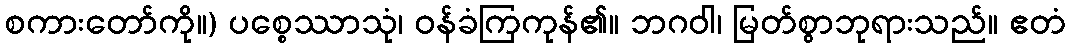
စကားတော်ကို။) ပစ္စေဿာသုံ၊ ဝန်ခံကြကုန်၏။ ဘဂဝါ၊ မြတ်စွာဘုရားသည်။ ဧတံ